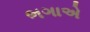
ભગાએ